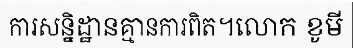
ការសន្និដ្ឋានគ្មានការពិត។លោក ខូមី